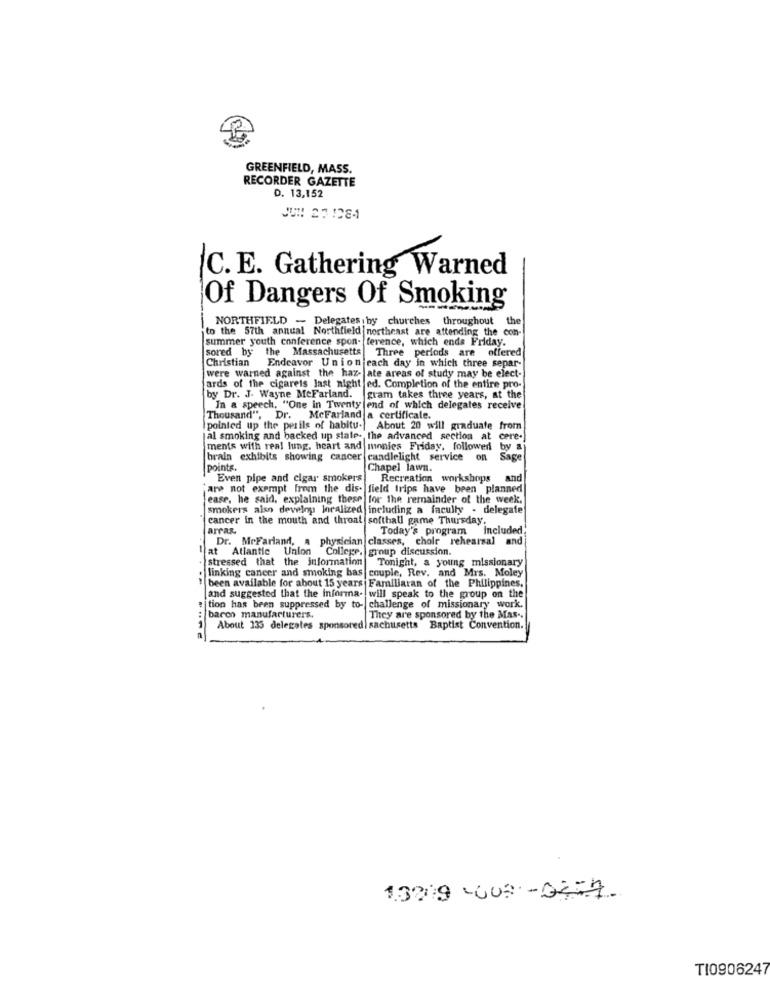
GREENFIELD, MASS
RECORDER GAZETTE
D. 13,152
C. E. Gathering Warned
Of Dangers Of Smoking
NORTHFIELD - Delegates by churches throughout the
to the 57th annual Northfield northeast are attending the con-
summer youth conference spon- ference, which ends Friday.
sored by the Massachusetts
Christian
Three periods are offered
Endeavor Union each day in which three separ-
were warned against the haz- ate areas of study may be elect-
ards of the cigarets last night ed. Completion of the entire pro-
by Dr. J. Wayne McFarland.
gram takes three years, at the
In a speech, "One in Twenty end of which delegates receive
Thousand", Dr. McFarland a certificale.
pointed up the perils of habitu.
About 20 will graduate from
al smoking and backed up state- the advanced section at cere-
ments with real lung, heart and monies Friday, followed
by a
brain exhibits showing cancer candlelight service
on
Sage
points.
Chapel lawn.
Even pipe and cigar smokers
Recreation workshops
and
are not exempt from the dis. field trips have been planned
ease, he said, explaining these for the remainder of the week.
smokers also develop joralized including a faculty - delegate
cancer in the mouth and throat softhall game Thursday.
arras.
Today's program Included
Dr. MrFarland, a physician classes, choir rehearsal a
at Atlantic Union
a College,
group discussion.
stressed that the information
Tonight, a young missionary
couple, Rev. and Mrs. Moley
linking cancer and smoking bas
and suggested that the informa- will speak to the group on the
been available for about 15 years Familiaran of the Philippines,
tion has been suppressed by to- challenge of missionary work.
baron manufacturers.
They are sponsored by the Mas ..
About 135 delegates sponsored sachusetts Baptist Convention.
13909 -008-02-7
TI0906247